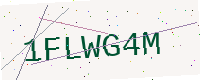
Text: 1FLWG4M